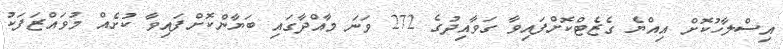
އިސްލާހުކޮށް އިއްޔެ ގެޒެޓްކޮށްފައިވާ ގަވާއިދުގެ 272 ވަނަ މާއްދާގައި ބަޔާންކޮށްފައިވާ ކުށެއް މުވައްޒަފަކު